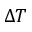
\Delta T